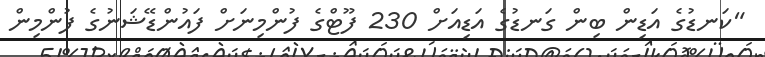
"ކަނޑުގެ އަޑިން ބިން ގަނޑުގެ އަޑިއަށް 230 ފޫޓްގެ ފުންމިނަށް ފައުންޑޭޝަނުގެ ފުންމިން